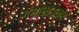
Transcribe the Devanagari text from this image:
गंगाखेडकर